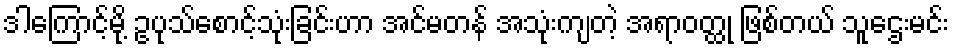
ဒါကြောင့်မို့ ဥပုသ်စောင့်သုံးခြင်းဟာ အင်မတန် အသုံးကျတဲ့ အရာဝတ္ထု ဖြစ်တယ် သူဌေးမင်း